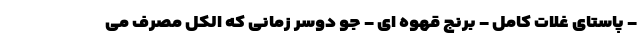
- پاستای غلات کامل - برنج قهوه ای - جو دوسر زمانی که الکل مصرف می